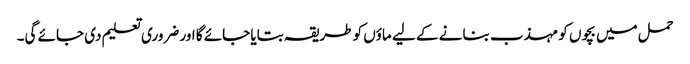
حمل میں بچوں کو مہذب بنانے کے لیے ماؤں کو طریقہ بتایا جائے گا اور ضروری تعلیم دی جائے گی۔